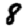
Digit: 8